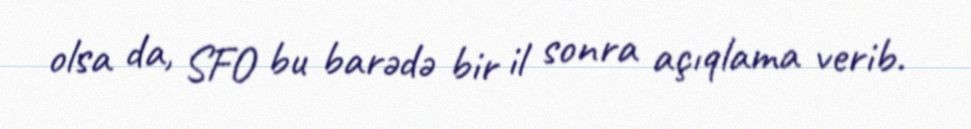
olsa da, SFO bu barədə bir il sonra açıqlama verib.